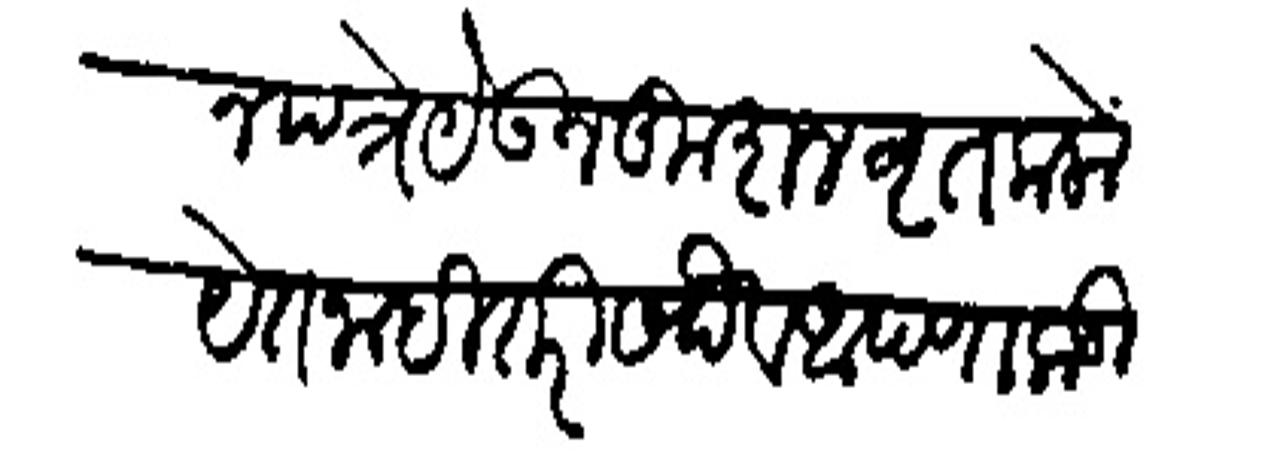
Transliteration (Devanagari): स्वामीकडून पत्रे येकन फुशल बृत कलोगेत नाही तरी सदब आपणाकडील